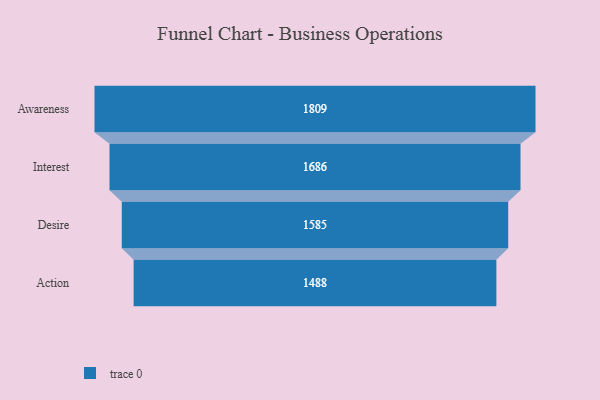
{"axis": {"x": "Stage", "y": "Value"}, "legend": [""], "data": [{"x": "Awareness", "y": 1809.0, "type": ""}, {"x": "Interest", "y": 1686.0, "type": ""}, {"x": "Desire", "y": 1585.0, "type": ""}, {"x": "Action", "y": 1488.0, "type": ""}]}